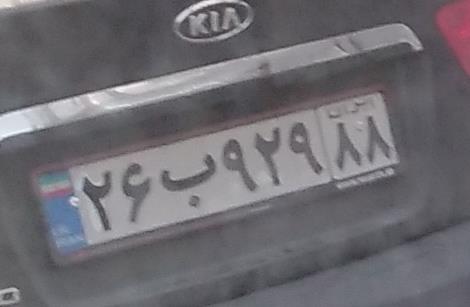
۲۶ب۹۲۹۸۸